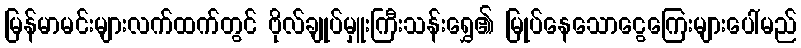
မြန်မာမင်းများလက်ထက်တွင် ဗိုလ်ချုပ်မှူးကြီးသန်းရွှေ၏ မြုပ်နေသောငွေကြေးများပေါ်မည်